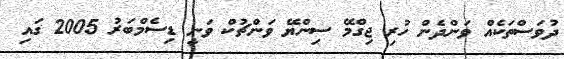
ދުވަސްތަކެއް ވަންދެން ހުރި ޖިގްމޭ ސިންޔޭ ވަންޗުކް ވަނީ ޑިސެމްބަރު 2005 ގައި